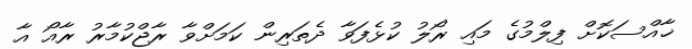
ޚާއްސަކޮށް ފިލްމުގެ މައި ރޯލު ކުޅެފަވާ ދެތަރިން ކަމަށްވާ ރާޖްކުމާރު ރާއޯ އާ